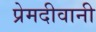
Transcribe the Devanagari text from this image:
प्रेमदीवानी